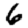
Digit: 6